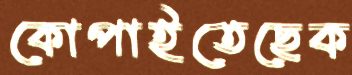
কোপাইতেছেক